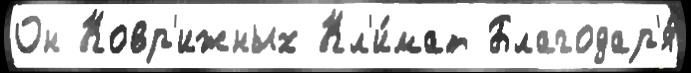
Он Ковр'ижных Кл'и́мат Благодар'я́